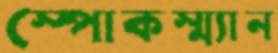
স্পোকস্ম্যান